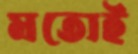
মতোই